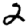
Digit: 2